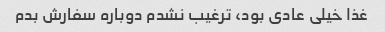
غذا خیلی عادی بود، ترغیب نشدم دوباره سفارش بدم